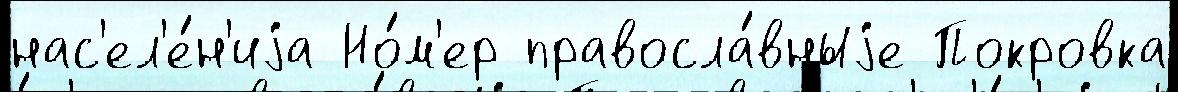
нас'ел'е́н'иjа Но́м'ер правосла́вныjе Покровка